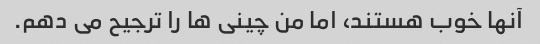
آنها خوب هستند، اما من چینی ها را ترجیح می دهم.